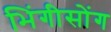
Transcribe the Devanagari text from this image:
भिंगीसोंग